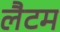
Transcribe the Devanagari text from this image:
लैटम